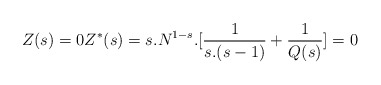
\begin{align*} Z(s)=0 Z^*(s)=s.N^{1-s}.[\frac{1}{s.(s-1)}+\frac{1}{Q(s)}]=0\end{align*}